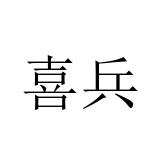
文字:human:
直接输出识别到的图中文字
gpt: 喜兵